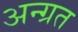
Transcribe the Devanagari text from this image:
अन्ग्रत